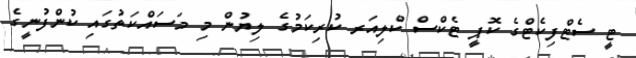
ޓީ ސެޓްފިކެޓްގެ ކޮޕީ ޓެކްސް ކްލިއަރ ކުރިކަމުގެ ލިޔުން މި މަސައްކަތުގައި ކުންފުނީގެ